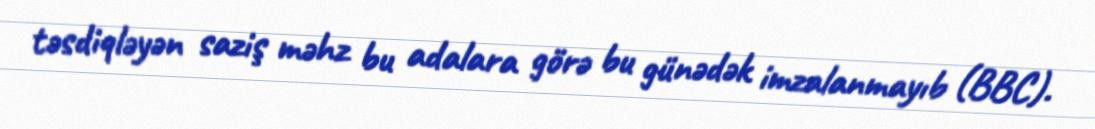
təsdiqləyən saziş məhz bu adalara görə bu günədək imzalanmayıb (BBC).